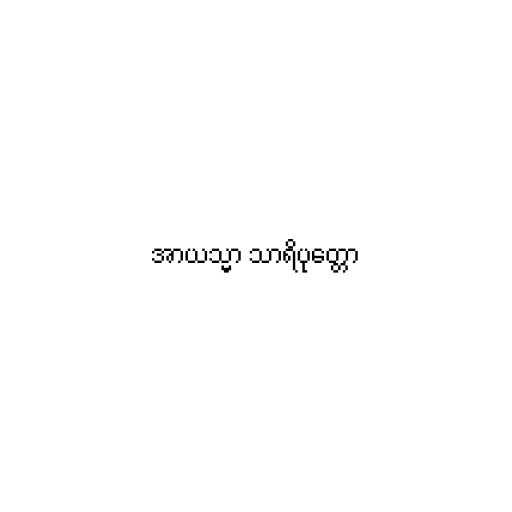
အာယသ္မာ သာရိပုတ္တော